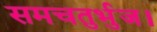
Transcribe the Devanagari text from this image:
समचतुर्भुज।